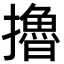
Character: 擼